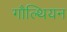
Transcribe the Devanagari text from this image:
गौल्थियन